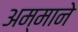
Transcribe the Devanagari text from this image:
अम्माने